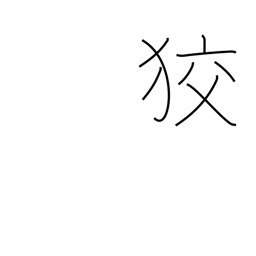
Meaning: crafty